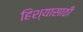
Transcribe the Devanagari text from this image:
हिश्यासाठी